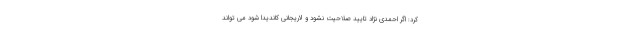
کرد: اگر احمدی نژاد تایید صلاحیت نشود و لاریجانی کاندیدا شود می تواند